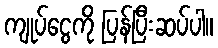
ကျုပ်ငွေကို ပြန်ပြီးဆပ်ပါ။